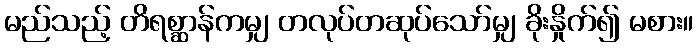
မည်သည့် တိရစ္ဆာန်ကမျှ တလုပ်တဆုပ်သော်မျှ ခိုးနှိုက်၍ မစား။